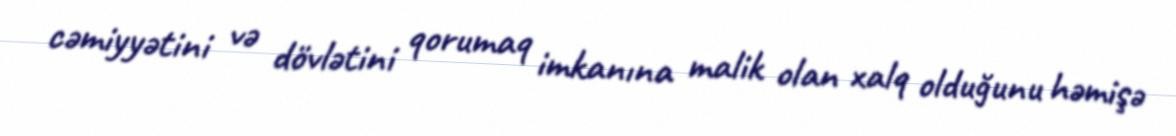
cəmiyyətini və dövlətini qorumaq imkanına malik olan xalq olduğunu həmişə